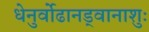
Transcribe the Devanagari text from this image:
धेनुर्वोढानड्वानाशुः